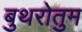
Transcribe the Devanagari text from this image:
बुथरोतुम